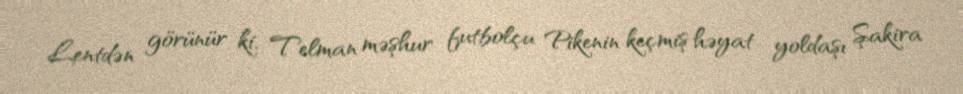
Lentdən görünür ki, Telman məşhur futbolçu Pikenin keçmiş həyat yoldaşı Şakira